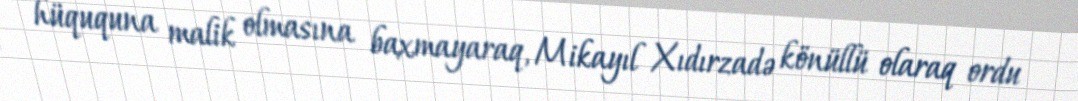
hüququna malik olmasına baxmayaraq, Mikayıl Xıdırzadə könüllü olaraq ordu